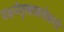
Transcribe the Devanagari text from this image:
पक्षनेतृत्वाबरोबरचे